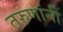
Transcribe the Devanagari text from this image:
तरुणांनीं